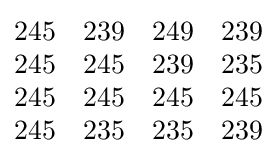
{\begin{matrix}245&239&249&239\\245&245&239&235\\245&245&245&245\\245&235&235&239\end{matrix}}